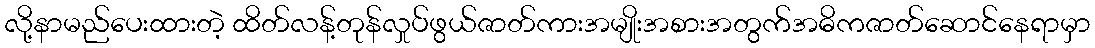
လို့နာမည်ပေးထားတဲ့ ထိတ်လန့်တုန်လှုပ်ဖွယ်ဇာတ်ကားအမျိုးအစားအတွက်အဓိကဇာတ်ဆောင်နေရာမှာ